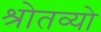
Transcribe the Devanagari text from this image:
श्रोतव्यो